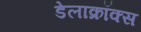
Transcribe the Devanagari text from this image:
डेलाक्रॉक्स